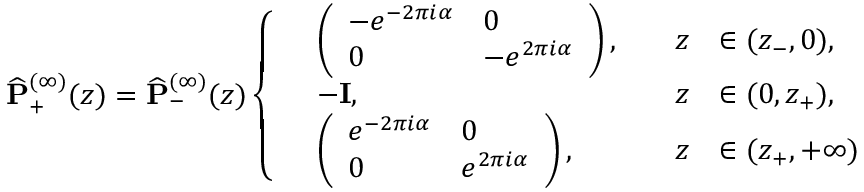
\widehat { \mathbf { P } } _ { + } ^ { ( \infty ) } ( z ) = \widehat { \mathbf { P } } _ { - } ^ { ( \infty ) } ( z ) \left\{ \begin{array} { r l r l } & { \left( \begin{array} { l l } { - e ^ { - 2 \pi i \alpha } } & { 0 } \\ { 0 } & { - e ^ { 2 \pi i \alpha } } \end{array} \right) , \quad } & { z } & { \in ( z _ { - } , 0 ) , } \\ & { - \mathbf { I } , \quad } & { z } & { \in ( 0 , z _ { + } ) , } \\ & { \left( \begin{array} { l l } { e ^ { - 2 \pi i \alpha } } & { 0 } \\ { 0 } & { e ^ { 2 \pi i \alpha } } \end{array} \right) , \quad } & { z } & { \in ( z _ { + } , + \infty ) } \end{array} \right.